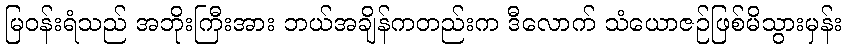
မြဝန်းရံသည် အဘိုးကြီးအား ဘယ်အချိန်ကတည်းက ဒီလောက် သံယောဇဉ်ဖြစ်မိသွားမှန်း